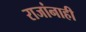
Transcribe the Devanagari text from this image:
राजांनाही